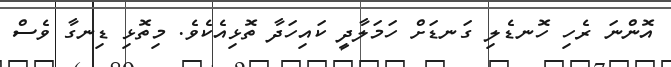
އޮންނަ ރެހި ހޮނޑެލި ގަނޑަށް ހަމަލާދީ ކައިހަދާ ތޮޅިއެކެވެ. މިތޮޅި ޑިނގާ ވެސް